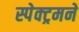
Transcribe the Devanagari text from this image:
स्पेक्ट्रमने